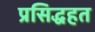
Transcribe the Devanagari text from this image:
प्रसिद्धहत